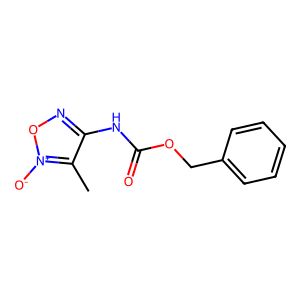
SMILES: Cc1c(NC(=O)OCc2ccccc2)no[n+]1[O-]
Inhibits HIV replication: No